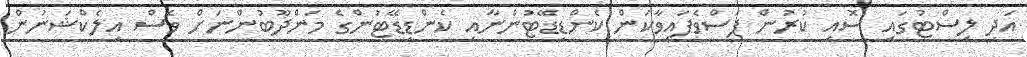
އަދި ލިސްޓުގައި ސޮއި ކުރުން ފަސްވެފައިވާކަން ކެންޑިޑޭޓުންނާއި ކެންޑިޑޭޓުންގެ މަންދޫބުންނަށް ވެސް އިލެކްޝަނުން